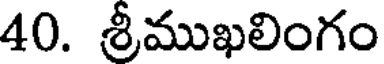
40. శ్రీముఖలింగం